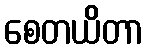
စေတယိတာ